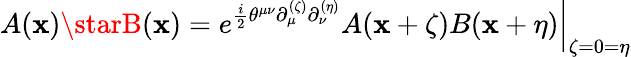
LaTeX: A(\mathbf{x})\starB(\mathbf{x})=\left.e^{\frac{{i}}{{2}}\theta^{\mu\nu}\partial_{\mu}^{(\zeta)}\partial_{\nu}^{(\eta)}}A(\mathbf{x}+\zeta)B(\mathbf{x}+\eta)\right|_{\zeta=0=\eta}